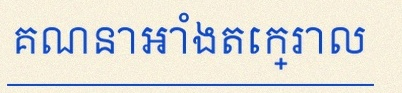
គណនាអាំងតេក្រាល